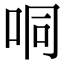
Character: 哃